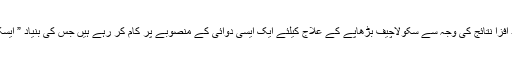
اس تحقیق کے امید افزا نتائج کی وجہ سے سکولاچیف بڑھاپے کے علاج کیلئے ایک ایسی دوائی کے منصوبے پر کام کر رہے ہیں جس کی بنیاد ” ایسکے کیو 1” ہو گی۔